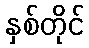
နှစ်တိုင်